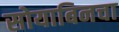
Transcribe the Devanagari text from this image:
सोयाबिनचा